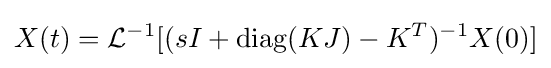
X(t)={\mathcal {L}}^{-1}[(sI+\operatorname {diag} (KJ)-K^{T})^{-1}X(0)]